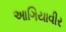
આગિયાવીર